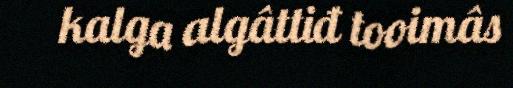
kalga algâttiđ tooimâs